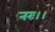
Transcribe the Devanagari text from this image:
नरः।।